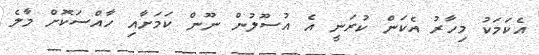
އެކަމަކު މިހާރު އެކަން ކުރަނީ އެ އުސޫލުން ނޫން ކަމަށާއި ހާއްސަކޮށް މާލެ